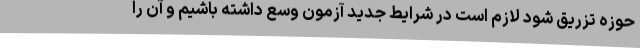
حوزه تزریق شود لازم است در شرایط جدید آزمون وسع داشته باشیم و آن را